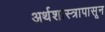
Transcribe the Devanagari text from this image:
अर्थशास्त्रापासून